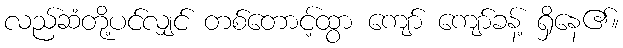
လည်ဆံတို့ပင်လျှင် တစ်တောင့်ထွာ ကျော် ကျော်ခန့် ရှိနေ၏။